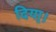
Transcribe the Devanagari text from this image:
दिया्।